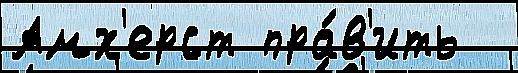
Амх'ерст пра́в'ить